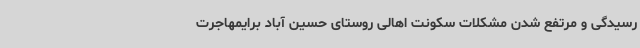
رسیدگی و مرتفع شدن مشکلات سکونت اهالی روستای حسین آباد برایمهاجرت